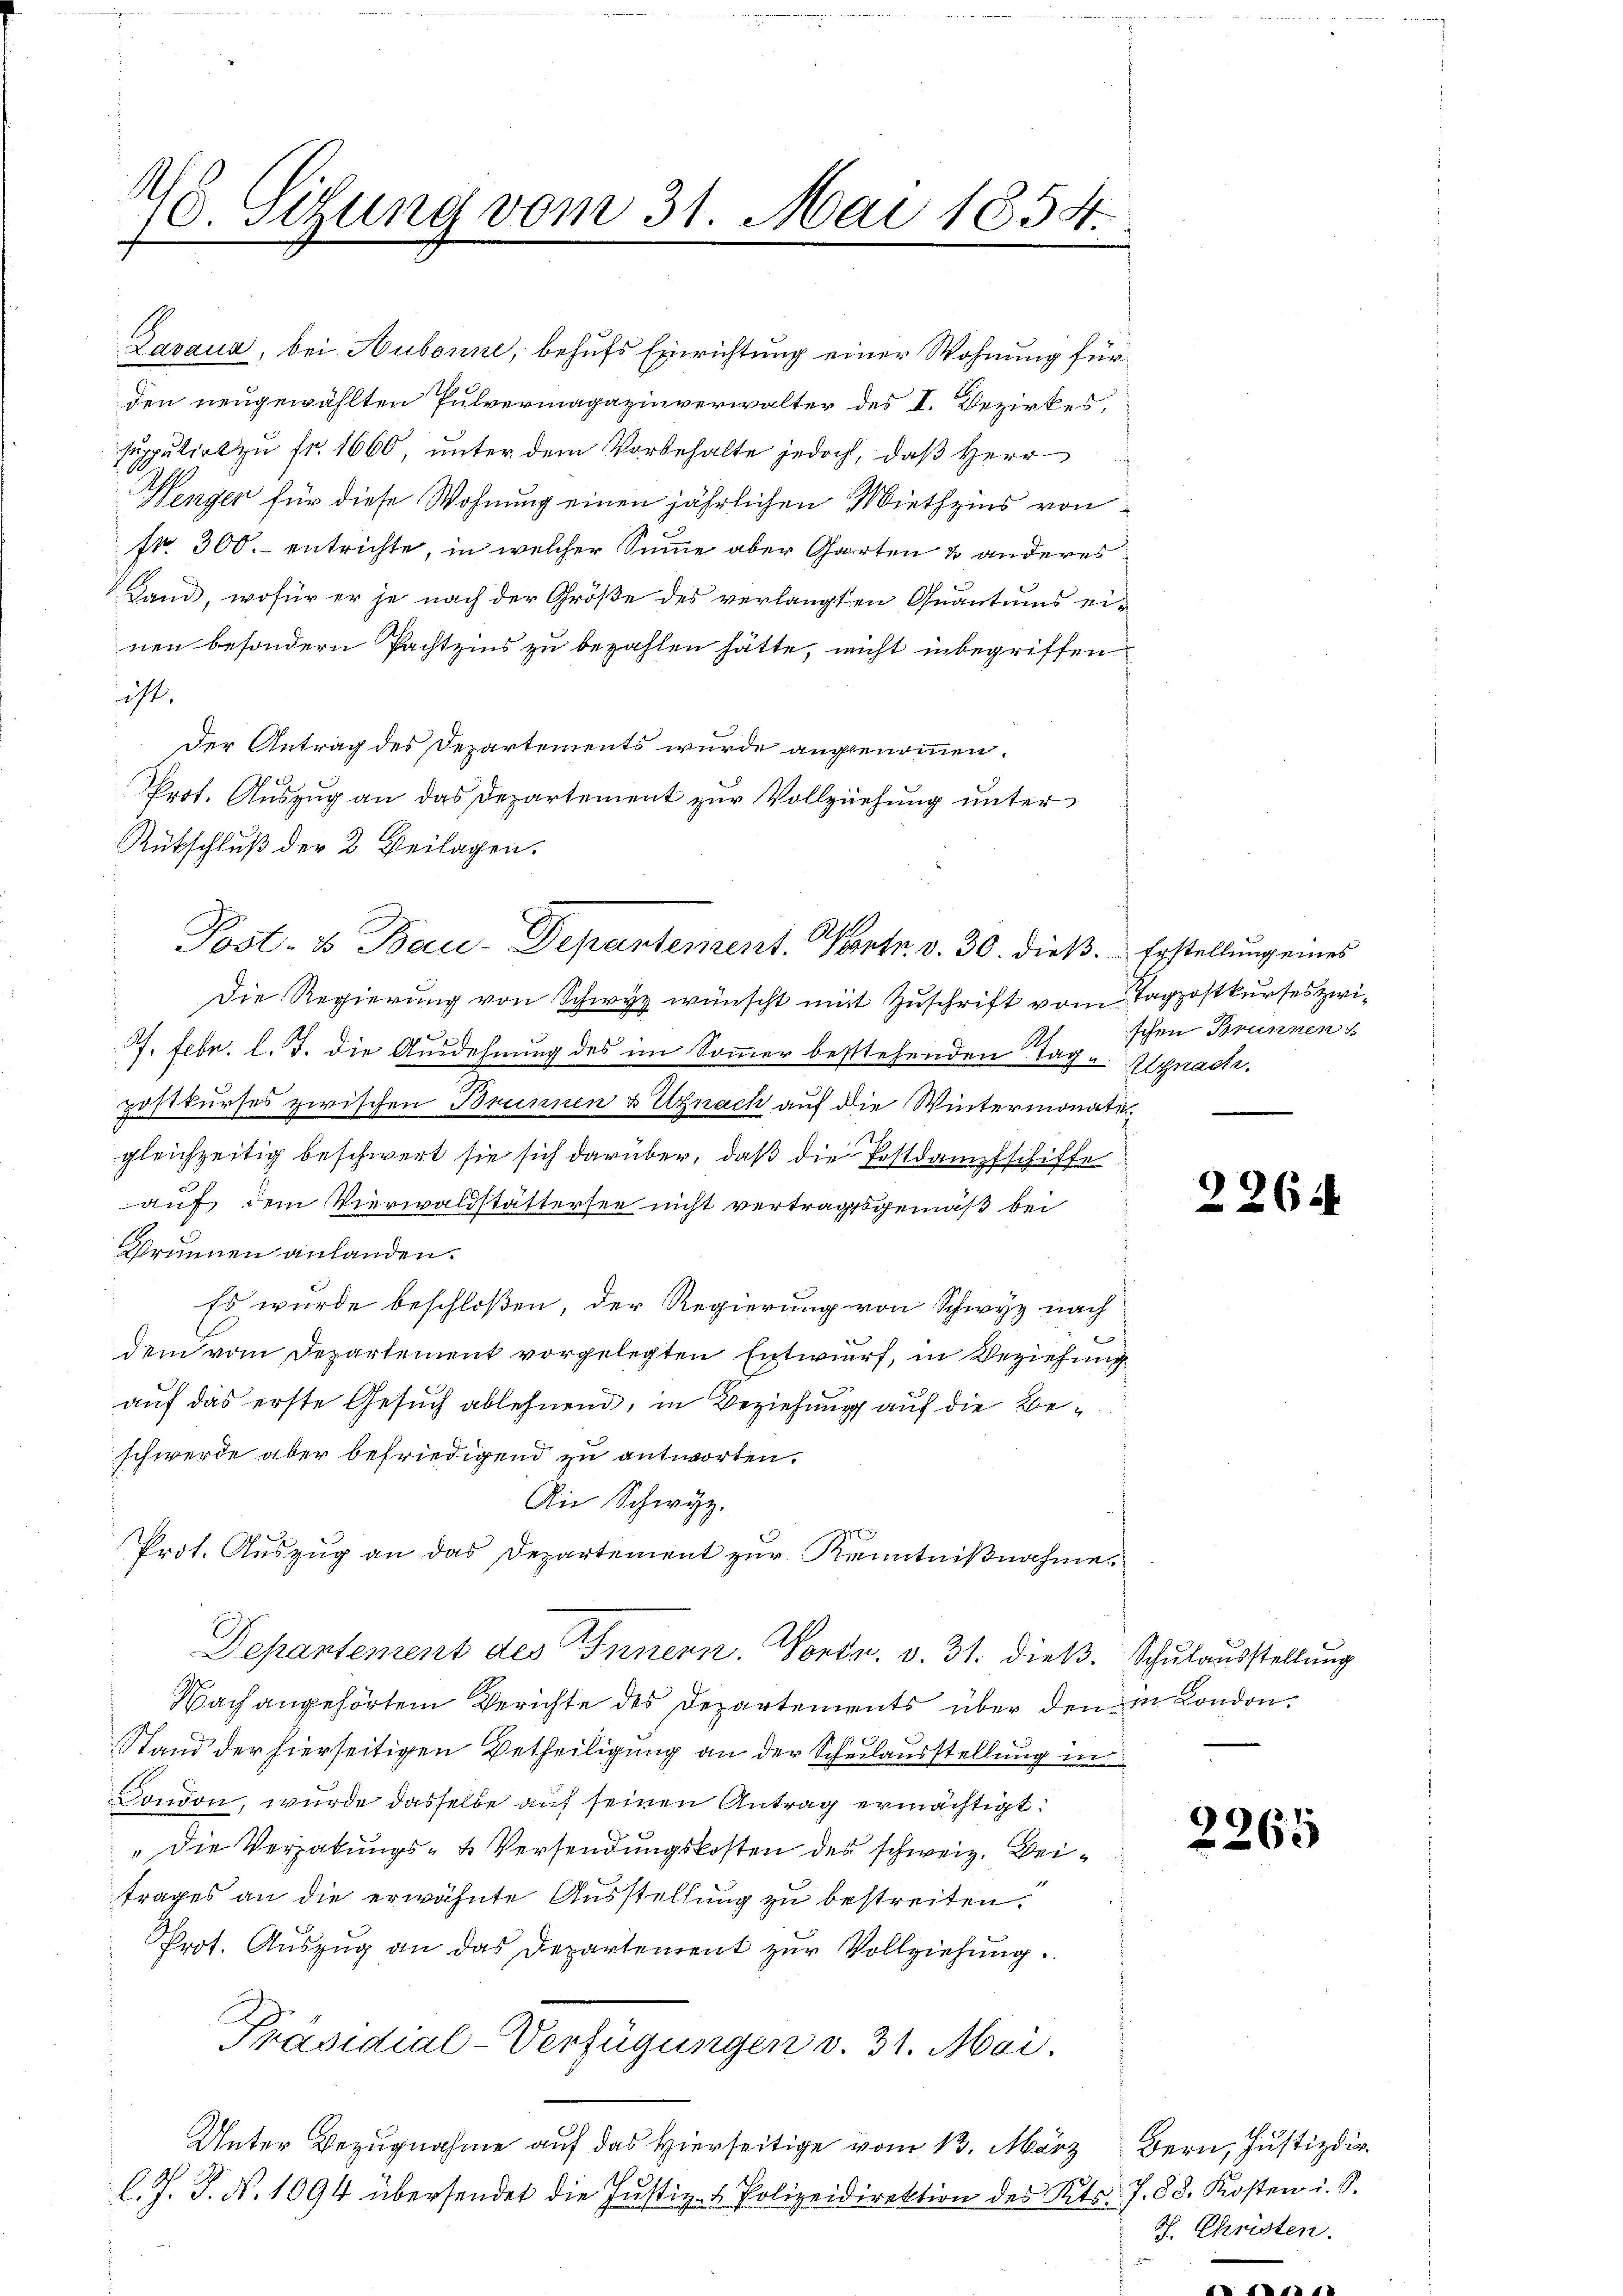
2
C. Stzung vom 31. Mai 1854.

Zarzua, bei Aubonne, behufs Einrichtung einer Wohnung für
den neugewählten Pulvermagazinverwalter des I. Bezirkes,
supputirt zu fr. 1660, unter dem Vorbehalte jedoch, daß Herr
Wenger für diese Wohnung einen jährlichen Miethzins von
fr. 300. entrichte, in welcher Summe aber Garten & anderes
Land, wofür er je nach der Größe des verlangten Quantums einen besondern Pachtzins zu bezahlen hätte, nicht inbegriffen
ist.
Der Antrag des Departements wurde angenommen.
Prot. Auszug an das Departement zur Vollziehung unter
Rütschluß der 2. Beilagen.
Die Regierung von Schwyz wünscht mit Zuschrift vom Tagpostkurses zwi¬
2
2. Febr. l. J. die Ausdehnung des im Sommer bestehenden Tag - Algnach.
postkurses zwischen Brunnen & Uznach auf die Wintermonategleichzeitig beschwert sie sich darüber, daß die Postdampfschiffe
auf dem Vierwaldstättersee nicht vertragsgemäß bei
Brunnen anlanden.
Es wurde beschloßen, der Regierung von Schwyz nach
dem vom Departement vorgelegten Entwurf, in Beziehung
auf das erste Gesuch ablehnend, in Beziehung auf die Beschwerde aber befriedigend zu antworten.
Die Schwyz.
s
Prot. Auszug an das Departement zur Kenntnißnahme.
Depantement des Innern. Vortr. v. 31. dieß. Schulausstellung
Nach angehörtem Berichte des Departements über den in London
pr 23.
Stand der hierseitigen Betheiligung an der Scheelausstellung in
London, wurde dasselbe auf seinen Antrag ermächtigt.
"Die Vergabungs- & Versendungskosten des schweiz. Beitrages an die erwähnte Ausstellung zu bestreiten.
Prot. Aŭszŭg an das Departement zŭr Vollziehung.
Präsidial-Verfügungen v. 31. Mai.
Unter Bezugnahme auf das Hierseitige vom 13. März Bern, Justizdir
e
l. J. J. N. 1094 übersendet die Justiz- & Polizeidirektion des Kts. J. 88. Kosten u. S.
e

Alt
Post- & Bau-Departement. 100fr. v. 30. dieß. Erstellung eines

schen Brunnen

2264

2265

G. Christen.